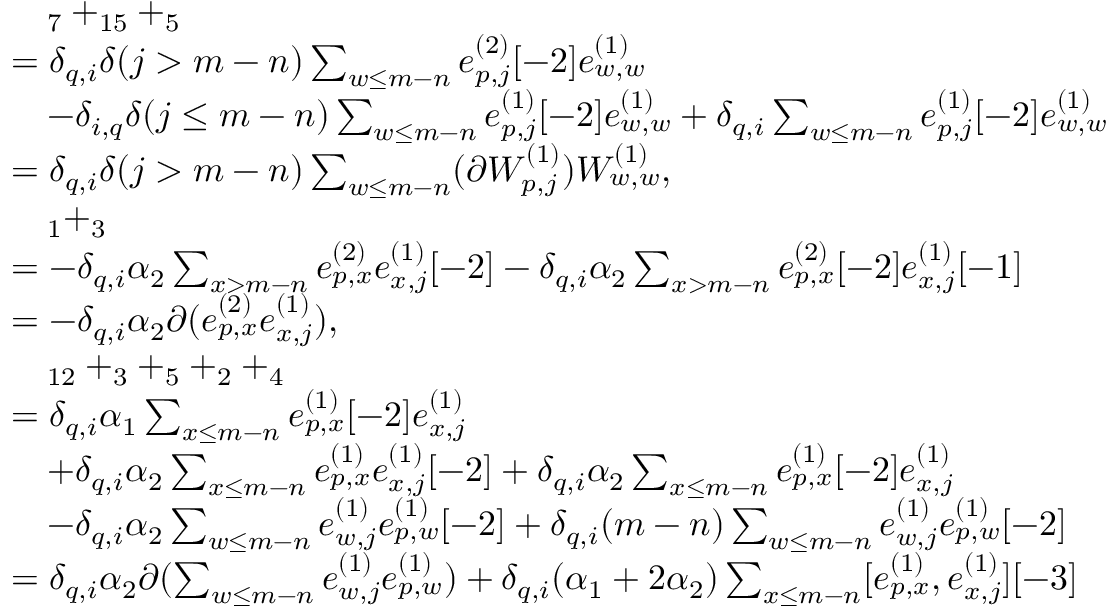
\begin{array} { r l } & { \quad _ { 7 } + _ { 1 5 } + _ { 5 } } \\ & { = \delta _ { q , i } \delta ( j > m - n ) \sum _ { \substack { w \leq m - n } } e _ { p , j } ^ { ( 2 ) } [ - 2 ] e _ { w , w } ^ { ( 1 ) } } \\ & { \quad - \delta _ { i , q } \delta ( j \leq m - n ) \sum _ { w \leq m - n } e _ { p , j } ^ { ( 1 ) } [ - 2 ] e _ { w , w } ^ { ( 1 ) } + \delta _ { q , i } \sum _ { w \leq m - n } e _ { p , j } ^ { ( 1 ) } [ - 2 ] e _ { w , w } ^ { ( 1 ) } } \\ & { = \delta _ { q , i } \delta ( j > m - n ) \sum _ { \substack { w \leq m - n } } ( \partial W _ { p , j } ^ { ( 1 ) } ) W _ { w , w } ^ { ( 1 ) } , } \\ & { \quad _ { 1 } + _ { 3 } } \\ & { = - \delta _ { q , i } \alpha _ { 2 } \sum _ { x > m - n } e _ { p , x } ^ { ( 2 ) } e _ { x , j } ^ { ( 1 ) } [ - 2 ] - \delta _ { q , i } \alpha _ { 2 } \sum _ { x > m - n } e _ { p , x } ^ { ( 2 ) } [ - 2 ] e _ { x , j } ^ { ( 1 ) } [ - 1 ] } \\ & { = - \delta _ { q , i } \alpha _ { 2 } \partial ( e _ { p , x } ^ { ( 2 ) } e _ { x , j } ^ { ( 1 ) } ) , } \\ & { \quad _ { 1 2 } + _ { 3 } + _ { 5 } + _ { 2 } + _ { 4 } } \\ & { = \delta _ { q , i } \alpha _ { 1 } \sum _ { x \leq m - n } e _ { p , x } ^ { ( 1 ) } [ - 2 ] e _ { x , j } ^ { ( 1 ) } } \\ & { \quad + \delta _ { q , i } \alpha _ { 2 } \sum _ { x \leq m - n } e _ { p , x } ^ { ( 1 ) } e _ { x , j } ^ { ( 1 ) } [ - 2 ] + \delta _ { q , i } \alpha _ { 2 } \sum _ { x \leq m - n } e _ { p , x } ^ { ( 1 ) } [ - 2 ] e _ { x , j } ^ { ( 1 ) } } \\ & { \quad - \delta _ { q , i } \alpha _ { 2 } \sum _ { w \leq m - n } e _ { w , j } ^ { ( 1 ) } e _ { p , w } ^ { ( 1 ) } [ - 2 ] + \delta _ { q , i } ( m - n ) \sum _ { w \leq m - n } e _ { w , j } ^ { ( 1 ) } e _ { p , w } ^ { ( 1 ) } [ - 2 ] } \\ & { = \delta _ { q , i } \alpha _ { 2 } \partial ( \sum _ { w \leq m - n } e _ { w , j } ^ { ( 1 ) } e _ { p , w } ^ { ( 1 ) } ) + \delta _ { q , i } ( \alpha _ { 1 } + 2 \alpha _ { 2 } ) \sum _ { x \leq m - n } [ e _ { p , x } ^ { ( 1 ) } , e _ { x , j } ^ { ( 1 ) } ] [ - 3 ] } \end{array}